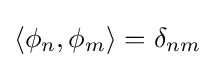
\langle \phi _{n},\phi _{m}\rangle =\delta _{nm}